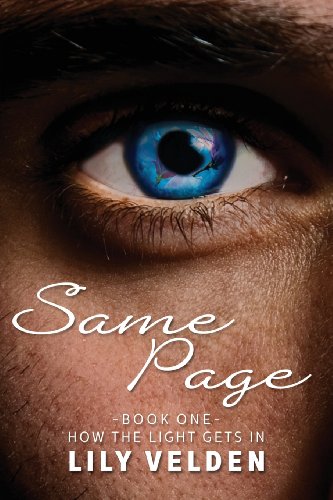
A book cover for Same Page; Lily Velden; Romance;